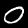
Label: 0